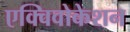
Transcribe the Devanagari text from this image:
एक्विवोकेशन